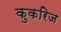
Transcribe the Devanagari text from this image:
कुकरिज